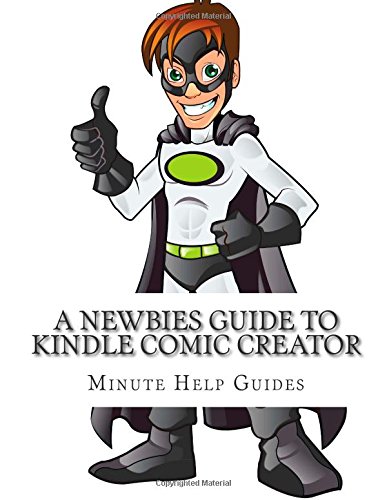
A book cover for A Newbies Guide to Kindle Comic Creator; Minute Help Guides; Computers & Technology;